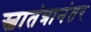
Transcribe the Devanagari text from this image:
स्वातंत्रानंतर